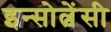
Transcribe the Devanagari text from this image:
इन्सोल्वेंसी